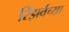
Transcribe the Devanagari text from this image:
रिझर्वच्या